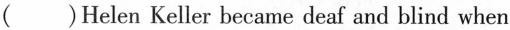
( )Helen Keller became deaf and blind when